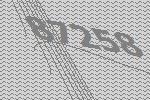
87258